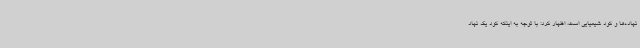
نهاده‌ها و کود شیمیایی است، اظهار کرد: با توجه به اینکه کود یک نهاد